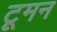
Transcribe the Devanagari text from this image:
टूमन